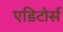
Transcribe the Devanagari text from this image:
एडिटोर्स